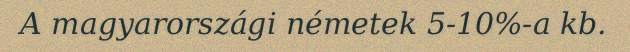
A magyarországi németek 5-10%-a kb.